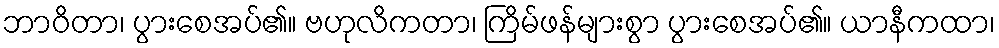
ဘာဝိတာ၊ ပွားစေအပ်၏။ ဗဟုလိကတာ၊ ကြိမ်ဖန်များစွာ ပွားစေအပ်၏။ ယာနီကထာ၊